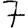
Digit: 7